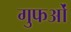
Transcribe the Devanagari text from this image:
गुफओं